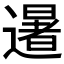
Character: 𮟕